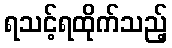
ရသင့်ရထိုက်သည့်